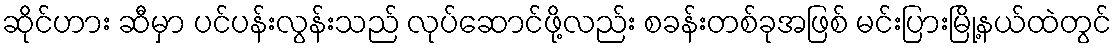
ဆိုင်ဟား ဆီမှာ ပင်ပန်းလွန်းသည် လုပ်ဆောင်ဖို့လည်း စခန်းတစ်ခုအဖြစ် မင်းပြားမြို့နယ်ထဲတွင်